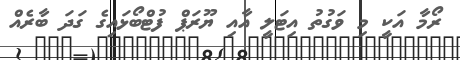
ރޯމާ އަކީ މި ވަގުތު އިޓަލީ އާއި ޔޫރަޕް ފުޓްބޯޅައިގެ ގަދަ ބާރެއް